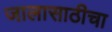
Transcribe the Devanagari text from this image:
जालासाठीचा